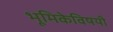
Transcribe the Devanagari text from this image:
भूमिकेविषयी